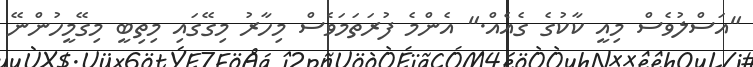
"އަސްލުވެސް މިއީ ކާކުގެ ގެއެއް." އެންމެ ފުރަތަމަވެސް މިހާރު މިގޭގައި މިތިބީ މިގޭމީހުންނޭ